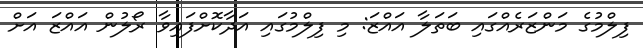
ފިލްމުގެ މަންޒަރެއްގައި ބަތަލާ އައްޒަ: މި ފިލްމުގައި އަދާކޮށްފައިވާ ރޯލުން އައްޒަ އަށް